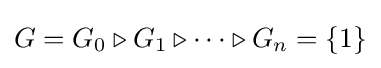
G=G_{0}\triangleright G_{1}\triangleright \dots \triangleright G_{n}=\{1\}